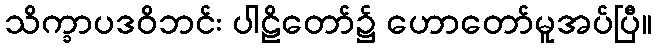
သိက္ခာပဒဝိဘင်း ပါဠိတော်၌ ဟောတော်မူအပ်ပြီ။